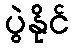
ပွဲနိုင်